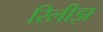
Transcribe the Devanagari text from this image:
रिलीझ